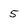
Character: 5